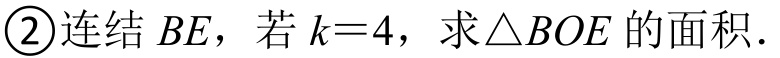
\textcircled{2}连结 \(BE\)，若 \(k = 4\)，求 \(\triangle BOE\) 的面积.